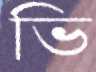
ভি